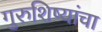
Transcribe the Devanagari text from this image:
गुरुशिष्यांचा